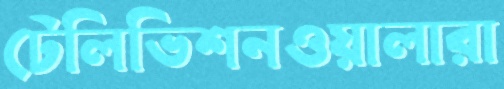
টেলিভিশনওয়ালারা